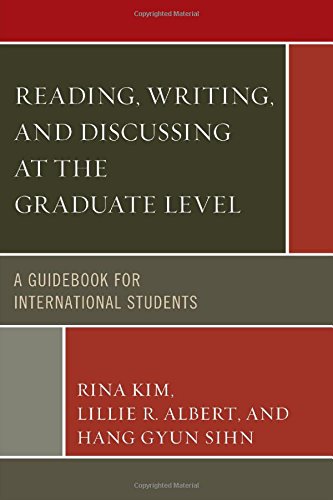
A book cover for Reading, Writing, and Discussing at the Graduate Level: A Guidebook for International Students; Rina Kim; Test Preparation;